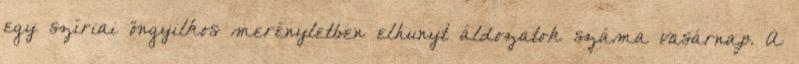
egy szíriai öngyilkos merényletben elhunyt áldozatok száma vasárnap. A